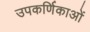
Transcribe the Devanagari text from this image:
उपकर्णिकाओं